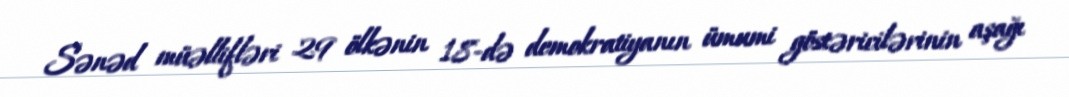
Sənəd müəllifləri 29 ölkənin 18-də demokratiyanın ümumi göstəricilərinin aşağı